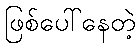
ဖြစ်ပေါ်နေတဲ့